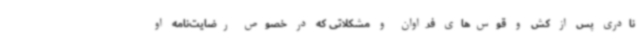
نادری پس از کش و قوس‌های فراوان و مشکلاتی که در خصوص رضایت‌نامه او